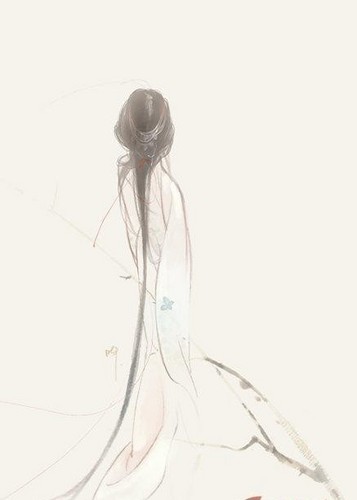
念碎劈芳心，萦思千缕，赠将幽素，偷翦重云。